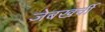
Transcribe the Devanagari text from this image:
जेबखर्ची